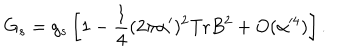
LaTeX: G _ { s } = g _ { s } \left[ 1 - \frac { 1 } { 4 } ( 2 \pi \alpha ^ { \prime } ) ^ { 2 } \mathrm { T r } B ^ { 2 } + O ( \alpha ^ { 4 } ) \right] .